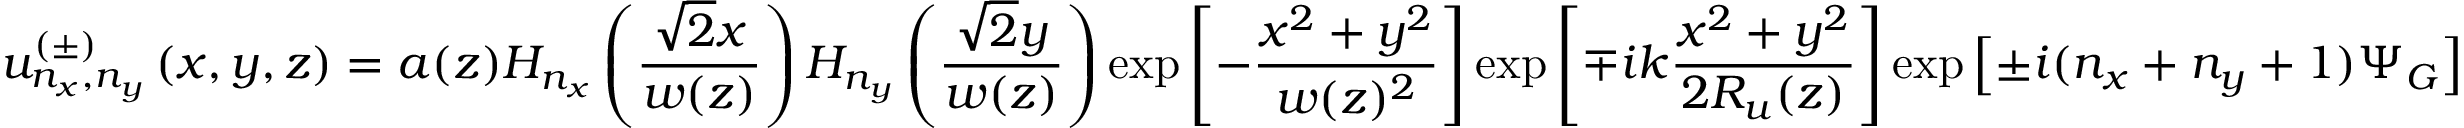
u _ { n _ { x } , n _ { y } } ^ { ( \pm ) } \left( x , y , z \right) = a ( z ) H _ { n _ { x } } \left( \frac { \sqrt { 2 } x } { w ( z ) } \right) H _ { n _ { y } } \left( \frac { \sqrt { 2 } y } { w ( z ) } \right) \exp \left[ - \frac { x ^ { 2 } + y ^ { 2 } } { w ( z ) ^ { 2 } } \right] \exp \left[ \mp i k \frac { x ^ { 2 } + y ^ { 2 } } { 2 R _ { u } ( z ) } \right] \exp \left[ \pm i ( n _ { x } + n _ { y } + 1 ) \Psi _ { G } \right]